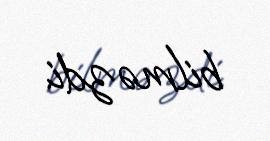
bilməzdi.